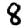
Digit: 8